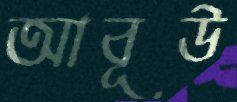
আবূউ